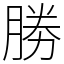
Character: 勝